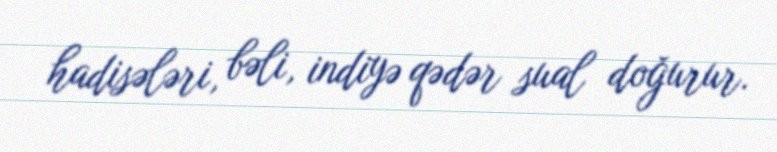
hadisələri, bəli, indiyə qədər sual doğurur.